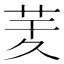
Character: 𦮖